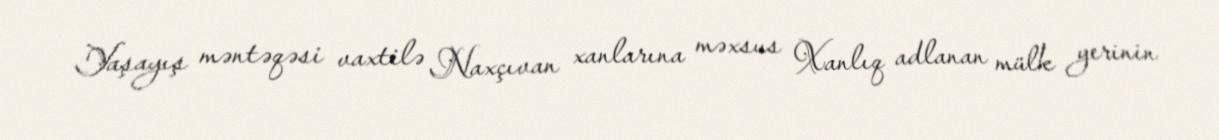
Yaşayış məntəqəsi vaxtilə Naxçıvan xanlarına məxsus Xanlıq adlanan mülk yerinin